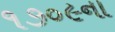
૧૭૦૯ના